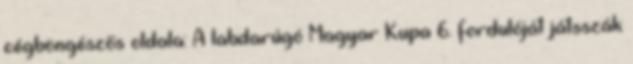
cégböngészős oldala: A labdarúgó Magyar Kupa 6. fordulóját játsszák